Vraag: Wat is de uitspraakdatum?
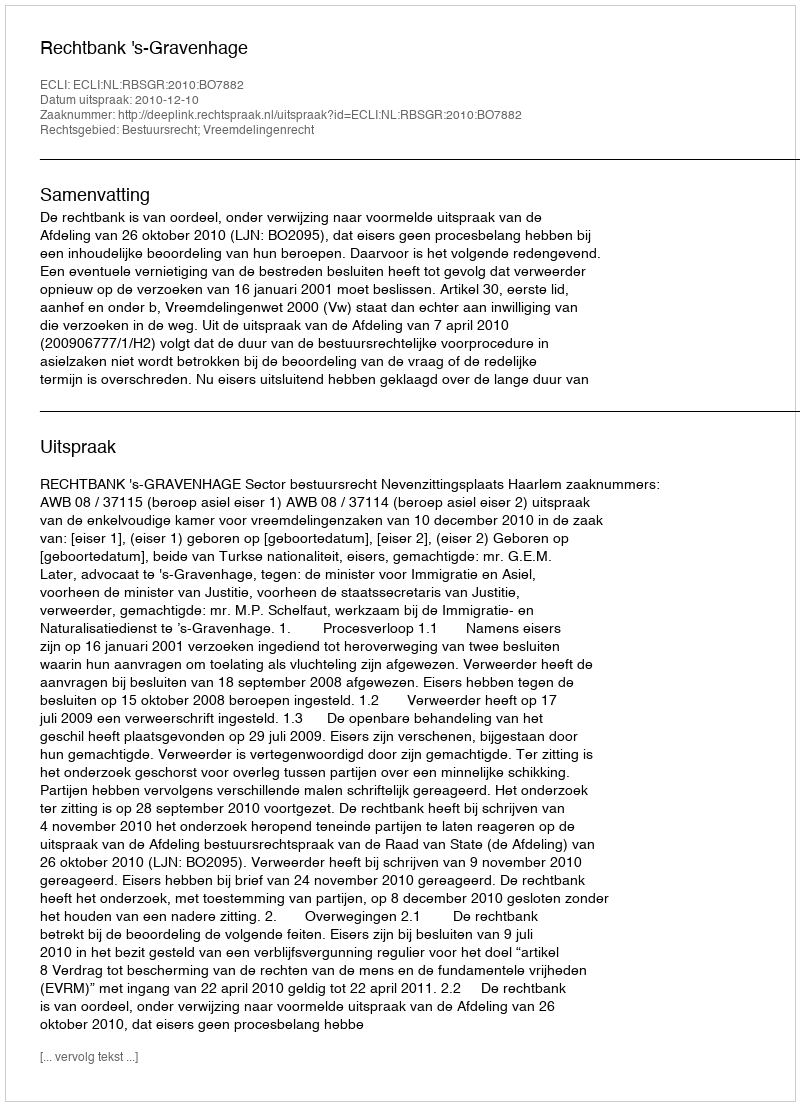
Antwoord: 2010-12-10